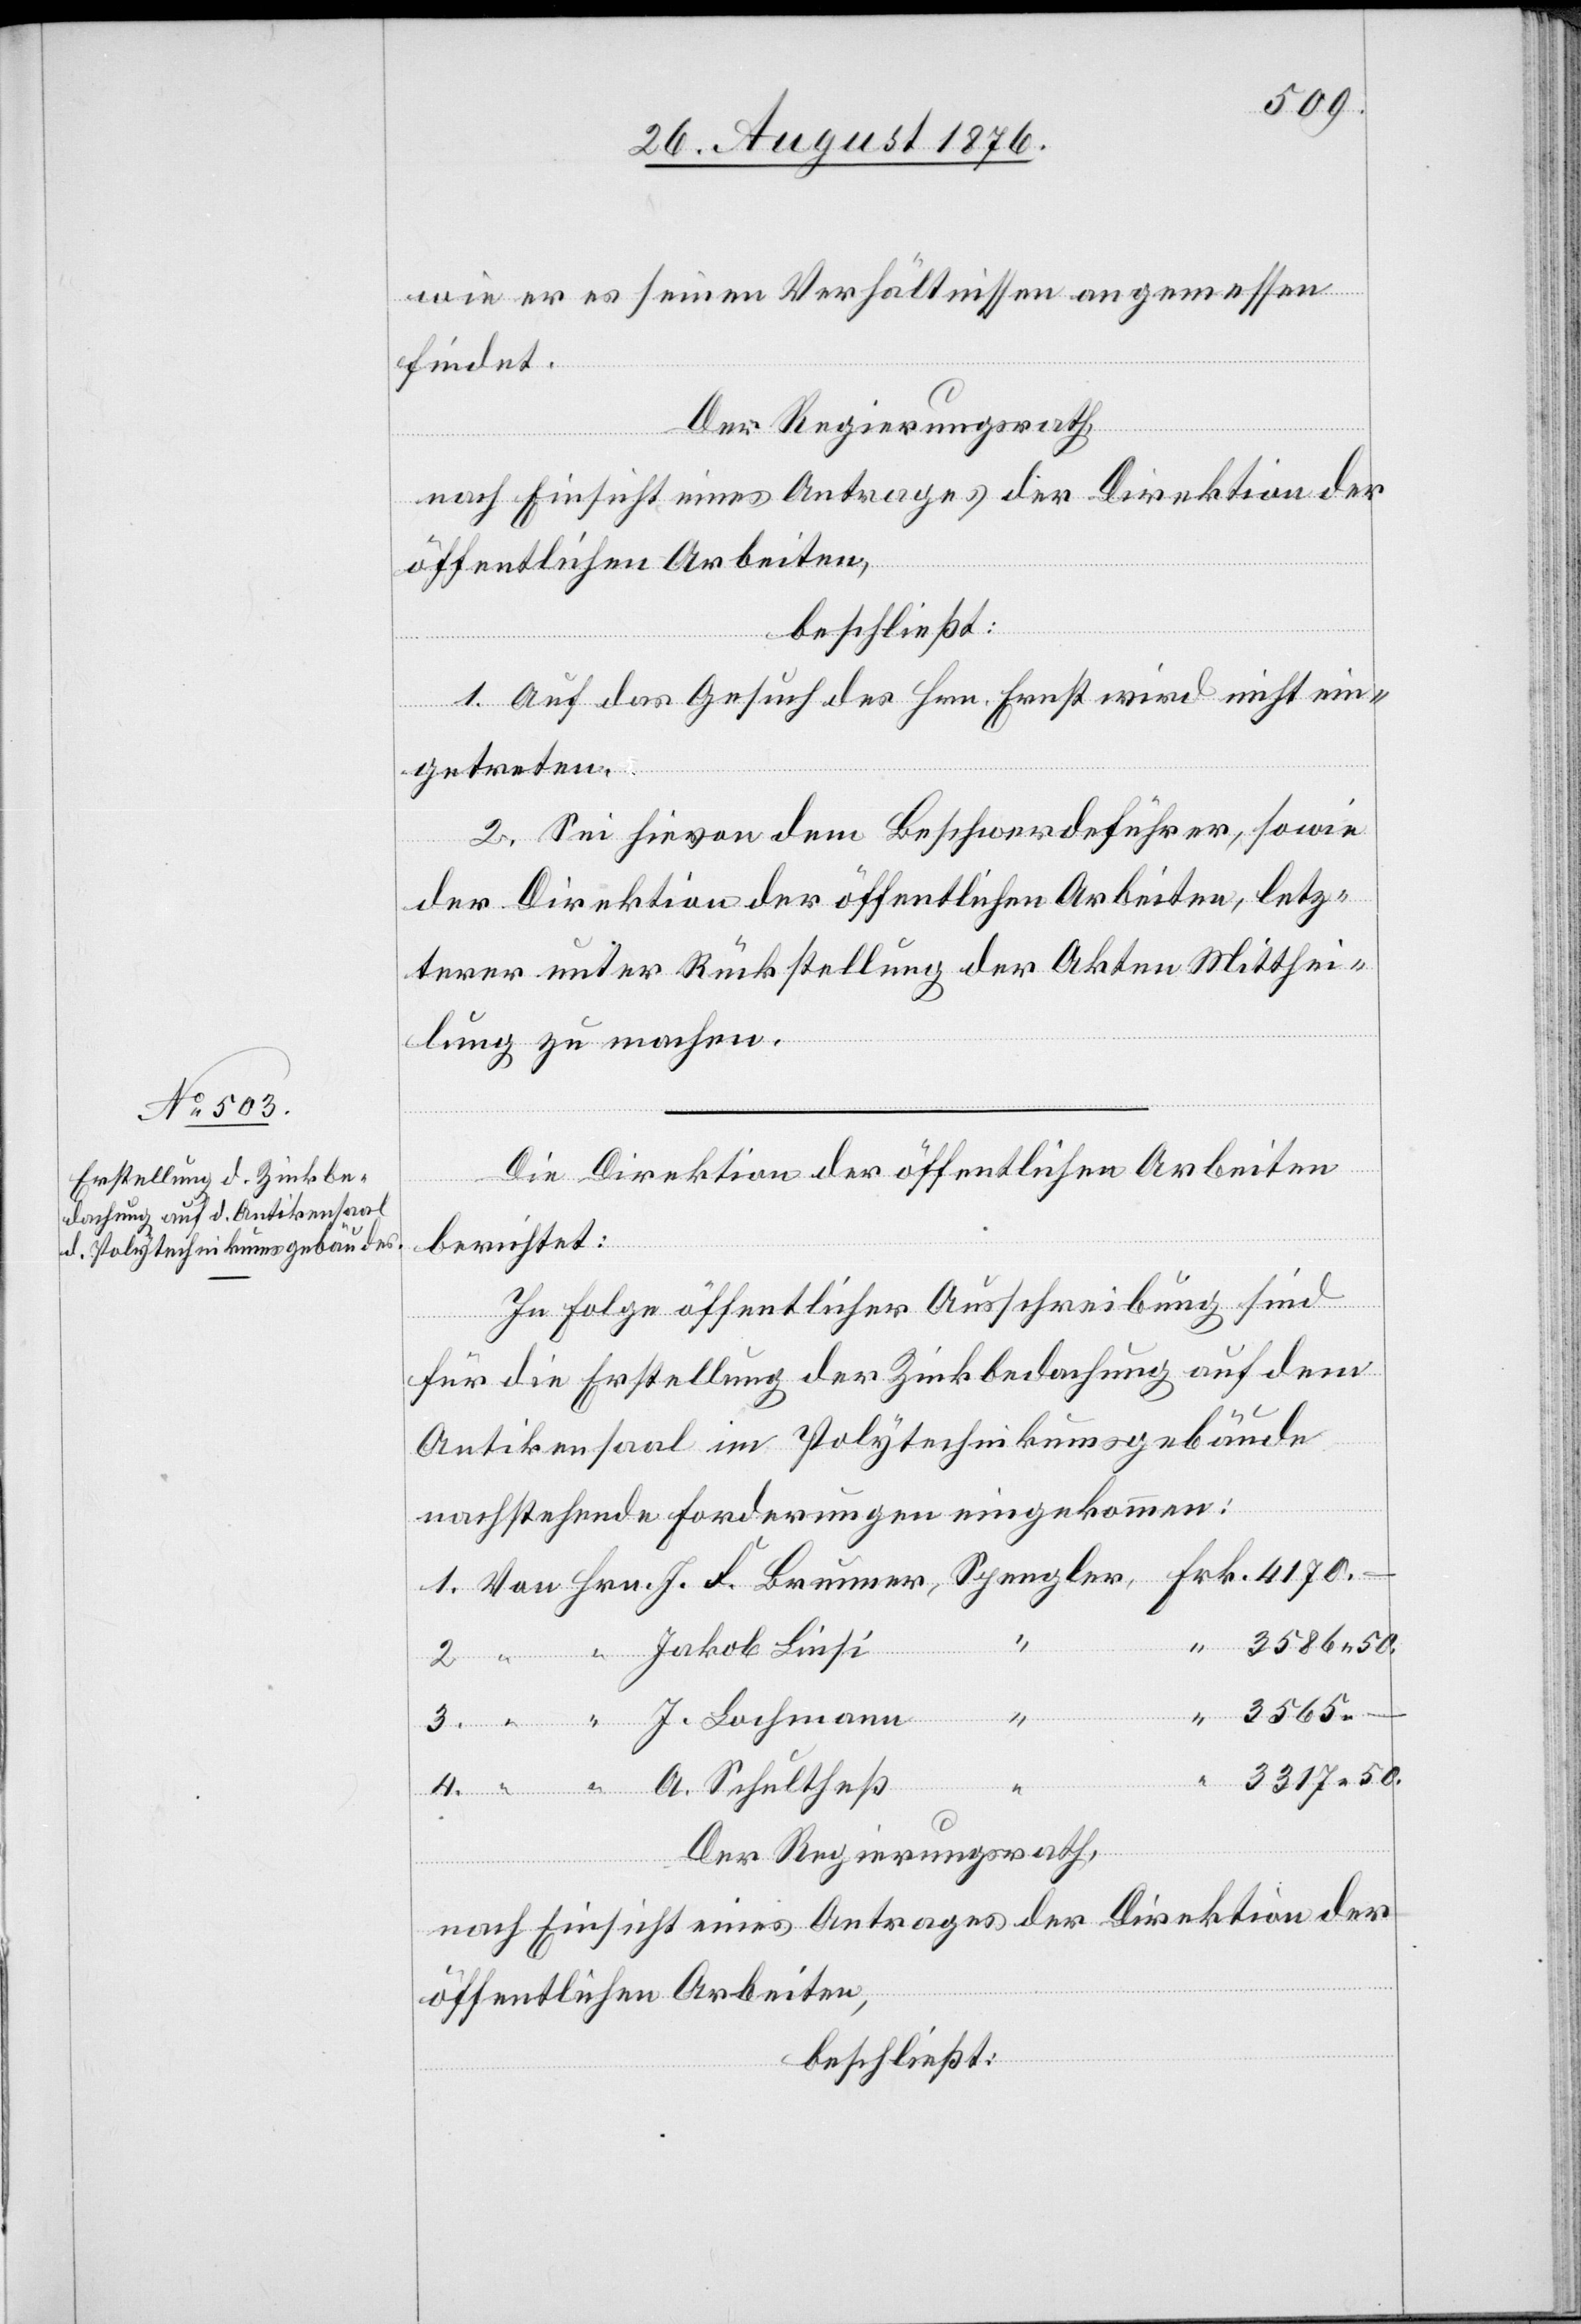
wie er es seinen Verhältnissen angemessen
findet.
Der Regierungsrath,
nach Einsicht eines Antrages der Direktion der
öffentlichen Arbeiten,
beschließt:
1. Auf das Gesuch des Hrn. Ernst wird nicht ein¬
getreten.
2. Sei hievon dem Beschwerdeführer, sowie
der Direktion der öffentlichen Arbeiten, letz¬
terer unter Rückstellung der Akten Mitthei¬
lung zu machen.
Die Direktion der öffentlichen Arbeiten
berichtet:
In Folge öffentlicher Ausschreibung sind
Lochmann
für die Erstellung der Zinkbedachung auf dem
Antikensaal im Polytechnikumsgebäude
nachstehende Forderungen eingekommen:
50.
3565
“
50.
Der Regierungsrath,
A.
nach Einsicht eines Antrages der Direktion der
öffentlichen Arbeiten,
beschließt: